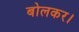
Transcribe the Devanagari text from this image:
बोलकर।